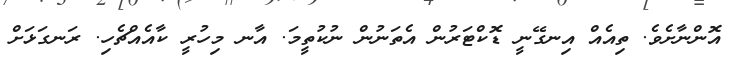
އޮންނާށެވެ. ތިއެއް އިނގޭނީ ޑޮކްޓަރުން އެތަނުން ނުކުތީމަ. އާނ މިހުރީ ކާއެއްޗެހި. ރަނގަޅަށް